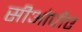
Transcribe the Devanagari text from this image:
सीओपीए